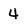
Character: 4